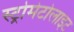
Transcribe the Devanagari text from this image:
स्ट्रोमेटोलाइट